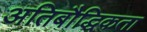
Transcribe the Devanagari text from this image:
अतिबौद्धिकता